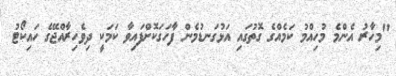
"މިހާރު އެންމެ މުހިއްމު ކަމެއްގެ ގޮތުގައި އަޅުގަނޑުމެން ފާހަގަކޮށްފައިވާ ކަމަކީ ދިވެހިރާއްޖޭގެ ހައިކޯޓު